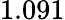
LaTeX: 1.091